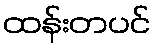
ထန်းတပင်